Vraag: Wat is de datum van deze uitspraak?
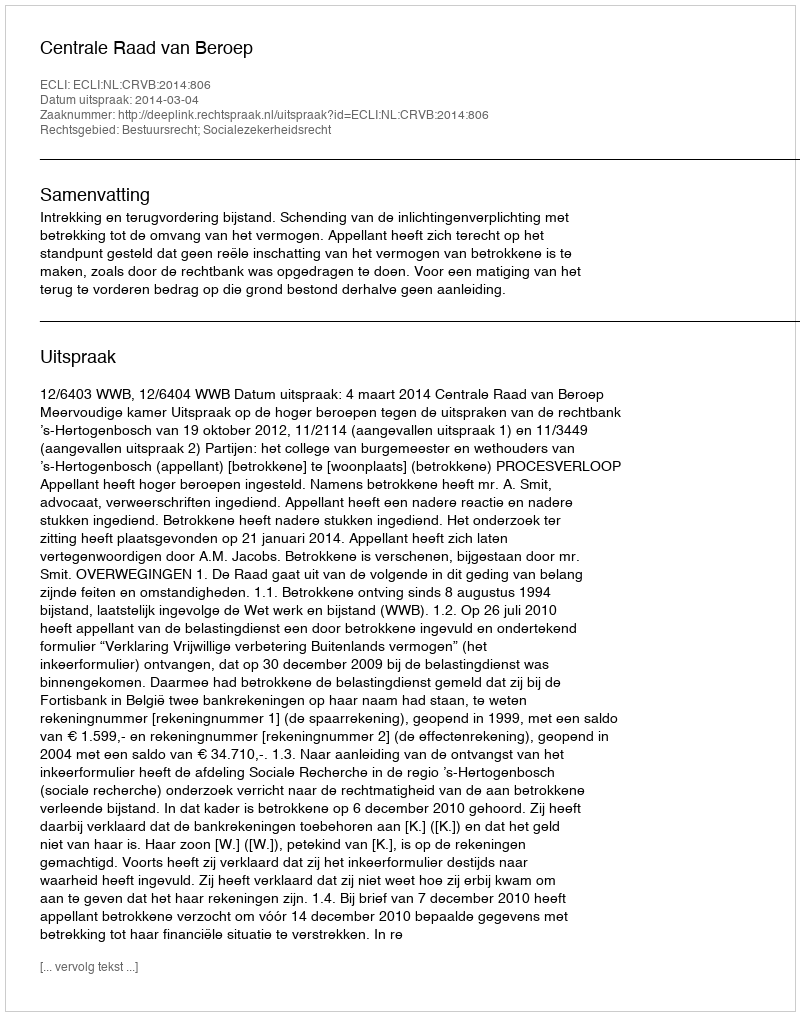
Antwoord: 2014-03-04